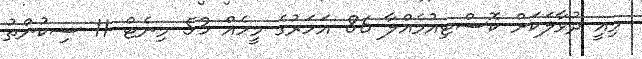
މިއީ ދުވާލަކަށް ކޮސްޓިއުމެއްލާ 86 އަހަރުގެ މީހެއް 53 މިނެޓް 11 ސިކުންތު